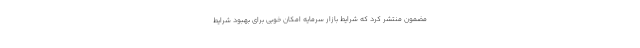
مضمون منتشر کرد که شرایط بازار سرمایه امکان خوبی برای بهبود شرایط